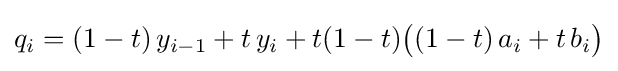
q_{i}=(1-t)\,y_{i-1}+t\,y_{i}+t(1-t){\big (}(1-t)\,a_{i}+t\,b_{i}{\big )}